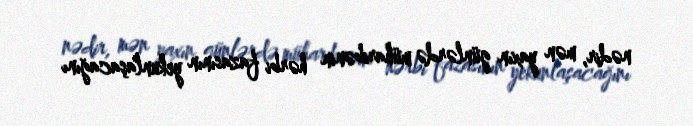
nədir, mən yaxın günlərdə müharibənin hərbi fazasının yekunlaşacağını